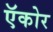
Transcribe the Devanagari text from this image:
ऍकोर